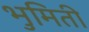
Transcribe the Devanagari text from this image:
भुमिती